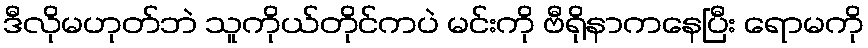
ဒီလိုမဟုတ်ဘဲ သူကိုယ်တိုင်ကပဲ မင်းကို ဗီရိုနာကနေပြီး ရောမကို